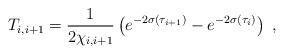
LaTeX: \begin{align*}T_{i, i+1} = {1 \over\displaystyle {2 \chi_{i, i+1}}} \left( e^{-2 \sigma (\tau_{i+1})} - e^{-2 \sigma (\tau_i)} \right) ~,~ \,\end{align*}